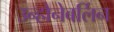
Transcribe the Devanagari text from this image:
उन्होनेबर्लिन